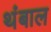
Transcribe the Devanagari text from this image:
थंबाल